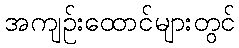
အကျဉ်းထောင်များတွင်